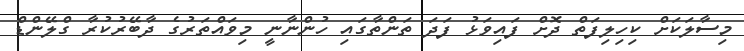
މިސާލަކަށް ކިހިލިފަތް ދޮށް ފައިވަޅު ފަދަ ތަންތާގައި ހުންނާނީ މިވައްތަރުގެ ދާބޭރުކުރާ ގްލޭންޑް